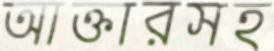
আক্তারসহ